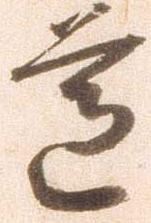
道